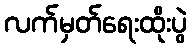
လက်မှတ်ရေးထိုးပွဲ